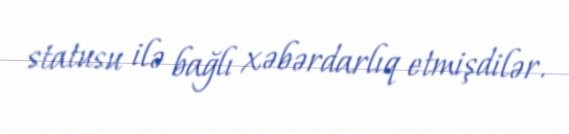
statusu ilə bağlı xəbərdarlıq etmişdilər.